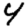
Digit: 4